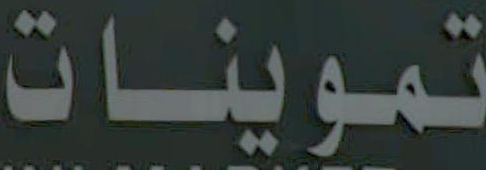
تموينات